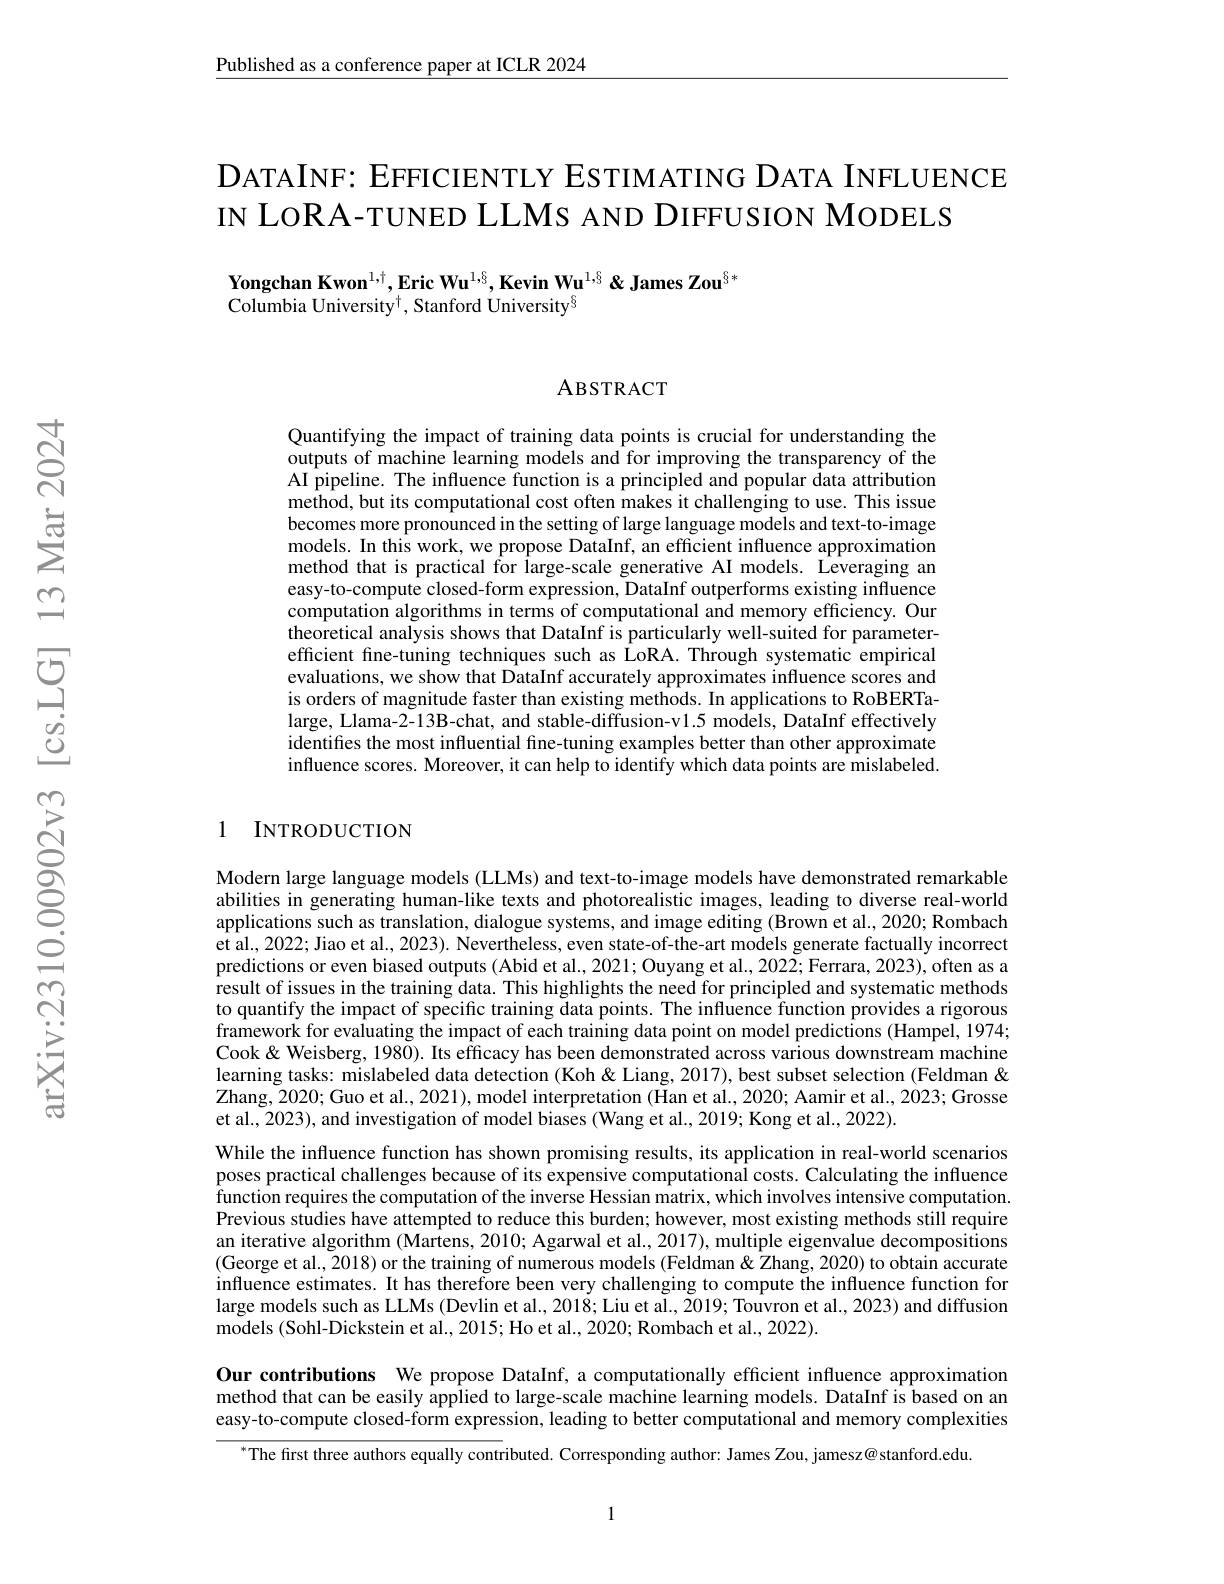
$\underline{\text{Published as a conference paper at ICLR 2024}}$

DATAINF: EFFICIENTLY ESTIMATING DATA INFLUENCE
IN LoRA-TUNED LLMS AND DIFFUSION MODELS

Yongchan Kwon$^{1,\dagger}$,Eric Wu$^{1,6},\textbf{Kevin Wu}^{1,6}\&\textbf{James Zou}^{6,*}$
Columbia University$^\dagger$, Stanford University$^{\S}$

ABSTRACT

Quantifying the impact of training data points is crucial for understanding the outputs of machine learning models and for improving the transparency of the AI pipeline. The influence function is a principled and popular data attribution method, but its computational cost often makes it challenging to use. This issue becomes more pronounced in the setting of large language models and text-to-image models. In this work, we propose DataInf, an efficient influence approximation method that is practical for large-scale generative AI models. Leveraging an easy-to-compute closed-form expression, DataInf outperforms existing influence computation algorithms in terms of computational and memory efficiency. Our $\hat{\text{theoretical analysis shows that DataInf is particularly well-suited for parameter-}}$ efficient fine-tuning techniques such as LoRA. Through systematic empirical evaluations, we show that DataInf accurately approximates influence scores and is orders of magnitude faster than existing methods. In applications to RoBERTalarge, Llama-2-13B-chat, and stable-diffusion-v1.5 models, DataInf effectively identifies the most influential fine-tuning examples better than other approximate influence scores. Moreover, it can help to identify which data points are mislabeled

## 1 INTRODUCTION

Modern large language models (LLMs) and text-to-image models have demonstrated remarkable abilities in generating human-like texts and photorealistic images, leading to diverse real-world applications such as translation, dialogue systems, and image editing (Brown et al., 2020; Rombach et al., 2022; Jiao et al., 2023). Nevertheless, even state-of-the-art models generate factually incorrect predictions or even biased outputs (Abid et al., 2021; Ouyang et al., 2022; Ferrara, 2023), often as a result of issues in the training data. This highlights the need for principled and systematic methods to quantify the impact of specific training data points. The influence function provides a rigorous framework for evaluating the impact of each training data point on model predictions (Hampel, 1974; Cook & Weisberg, 1980). Its effcacy has been demonstrated across various downstream machine learning tasks: mislabeled data detection (Koh& Liang, 2017), best subset selection (Feldman & Zhang, 2020; Guo et al., 2021), model interpretation (Han et al., 2020; Aamir et al., 2023; Grosse et al., 2023), and investigation of model biases (Wang et al., 2019; Kong et al., 2022).
While the influence function has shown promising results, its application in real-world scenarios poses practical challenges because of its expensive computational costs. Calculating the influence function requires the computation of the inverse Hessian matrix, which involves intensive computation. Previous studies have attempted to reduce this burden; however, most existing methods still require an iterative algorithm (Martens, 2010; Agarwal et al., 2017), multiple eigenvalue decompositions (George et al., 2018) or the training of numerous models (Feldman& Zhang, 2020) to obtain accurate influence estimates. It has therefore been very challenging to compute the influence function for large models such as LLMs (Devlin et al., 2018; Liu et al., 2019; Touvron et al., 2023) and diffusion models (Sohl-Dickstein et al., 2015; Ho et al., 2020; Rombach et al., 2022).

Our contributions We propose DataInf, a computationally efficient influence approximation method that can be easily applied to large-scale machine learning models. DataInf is based on an easy-to-compute closed-form expression, leading to better computational and memory complexities

$^{*}$The first three authors equally contributed. Corresponding author: James Zou, jamesz@ stanford.edu.

1